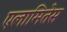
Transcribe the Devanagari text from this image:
एलामितेस